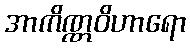
အာကိဏ္ဏဝိဟာရော